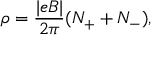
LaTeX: \rho = \frac { | e B | } { 2 \pi } ( N _ { + } + N _ { - } ) ,